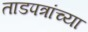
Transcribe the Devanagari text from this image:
ताडपत्रांच्या